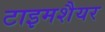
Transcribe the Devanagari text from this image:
टाइमशैयर